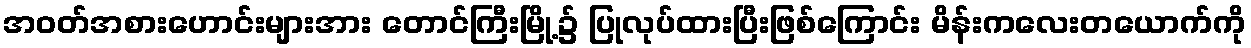
အဝတ်အစားဟောင်းများအား တောင်ကြီးမြို့၌ ပြုလုပ်ထားပြီးဖြစ်ကြောင်း မိန်းကလေးတယောက်ကို